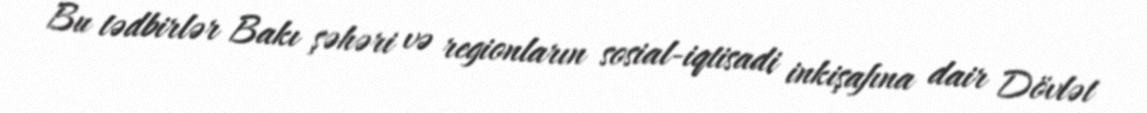
Bu tədbirlər Bakı şəhəri və regionların sosial-iqtisadi inkişafına dair Dövlət